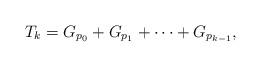
LaTeX: \begin{align*} T_k = G_{p_0} + G_{p_1} + \cdots + G_{p_{k-1}}, \end{align*}